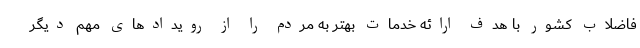
فاضلاب کشور با هدف ارائه خدمات بهتر به مردم را از رویدادهای مهم دیگر